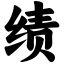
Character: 绩